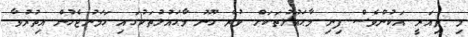
މި ތިއަރީ އަކުންވެސް ފިނި މާޙައުލުތަކަށް ވުރެ ހޫނު މާޙައުލުތަކުގައި ހަމަނުޖެހުން އިތުރުވާ